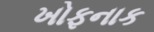
ખોફનાક